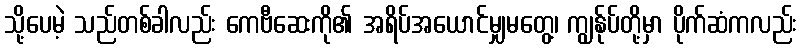
သို့ပေမဲ့ သည်တစ်ခါလည်း ကေဗီဆေးကို၏ အရိပ်အယောင်မျှမတွေ့၊ ကျွန်ုပ်တို့မှာ ပိုက်ဆံကလည်း